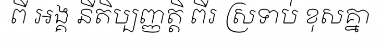
ពី អង្គ នីតិប្បញ្ញត្តិ ពីរ ស្រទាប់ ខុសគ្នា